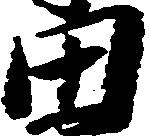
田